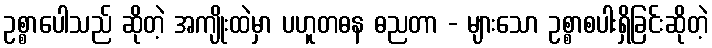
ဥစ္စာပေါသည် ဆိုတဲ့ အကျိုးထဲမှာ ပဟူတဓန ဓညတာ - များသော ဥစ္စာစပါးရှိခြင်းဆိုတဲ့